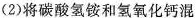
(2)将碳酸氢铵和氢氧化钙混